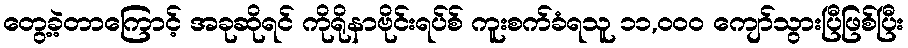
တွေ့ခဲ့တာကြောင့် အခုဆိုရင် ကိုရိုနာဗိုင်းရပ်စ် ကူးစက်ခံရသူ ၁၁,၀၀၀ ကျော်သွားပြီဖြစ်ပြီး